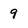
Character: 9